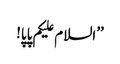
’’السلام علیکم پاپا!